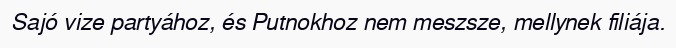
Sajó vize partyához, és Putnokhoz nem meszsze, mellynek filiája.